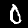
Label: 0